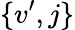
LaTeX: \{ v^{\prime},j\}